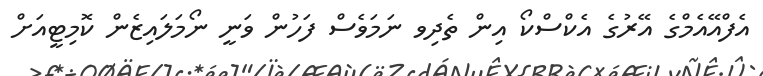
އެފްއޭއެމްގެ އޭރުގެ އެކްސްކޯ އިން ތެދިވ ނަމަވެސް ފަހުން ވަނީ ނޯމަލައިޒެން ކޮމިޓީއަށް